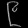
Digit: ၉